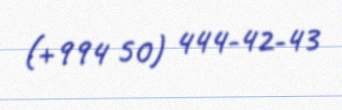
(+994 50) 444-42-43